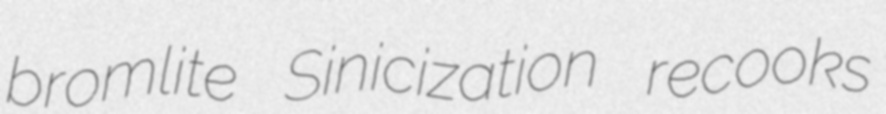
bromlite Sinicization recooks